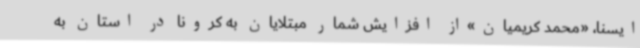
ایسنا، «محمد کریمیان»از افزایش شمار مبتلایان به کرونا در استان به